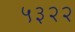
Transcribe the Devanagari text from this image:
५३२२